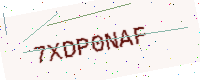
Text: 7XDP0NAF